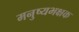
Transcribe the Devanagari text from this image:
मनुष्यभक्षक